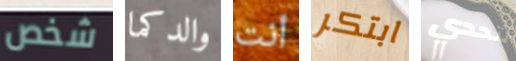
شخص والدكما أنت ابتكر لتحدي